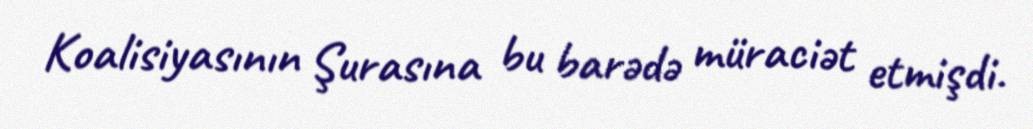
Koalisiyasının Şurasına bu barədə müraciət etmişdi.